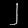
Digit: ၂